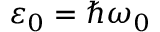
\varepsilon _ { 0 } = \hbar \omega _ { 0 }